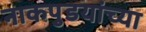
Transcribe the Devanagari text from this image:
नाकपुडयांच्या